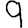
Digit: 9